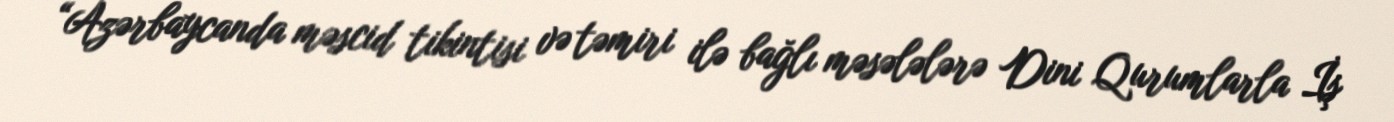
“Azərbaycanda məscid tikintisi və təmiri ilə bağlı məsələlərə Dini Qurumlarla İş